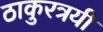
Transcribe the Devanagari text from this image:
ठाकुरत्रयी